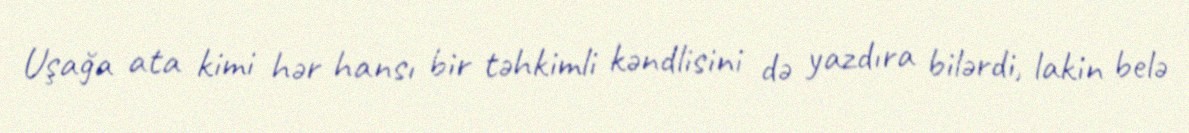
Uşağa ata kimi hər hansı bir təhkimli kəndlisini də yazdıra bilərdi, lakin belə